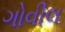
ગોવીલ